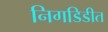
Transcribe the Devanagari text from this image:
निगडिडीत